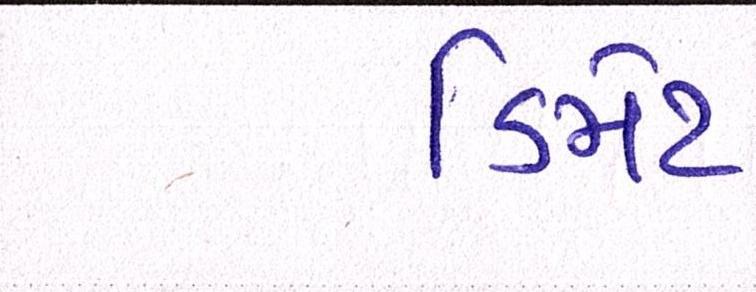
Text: ડિમેટ